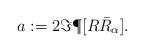
LaTeX: \begin{align*} a:=2\Im\P[R\bar{R}_{\alpha}].\end{align*}